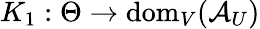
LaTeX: K_{1}:\Theta\to\mathrm{dom}_{V}(\mathcal{A}_{U})